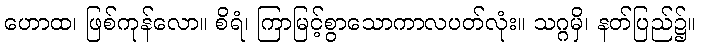
ဟောထ၊ ဖြစ်ကုန်လော။ စိရံ၊ ကြာမြင့်စွာသောကာလပတ်လုံး။ သဂ္ဂမှိ၊ နတ်ပြည်၌။